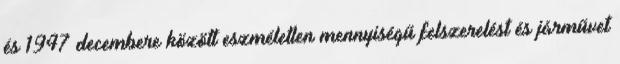
és 1947 decembere között eszméletlen mennyiségű felszerelést és járművet